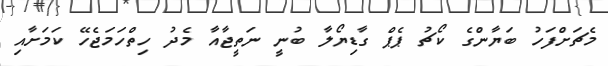
މެޗަށްފަހު ބަޔާންގެ ކޯޗު ޕެޕް ގާޑިޔޯލާ ބުނީ ނަތީޖާއާ މެދު ހިތްހަމަޖެހޭ ކަމަށާއި